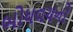
બોધવચનો